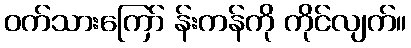
ဝက်သားကြော် န်းကန်ကို ကိုင်လျက်။